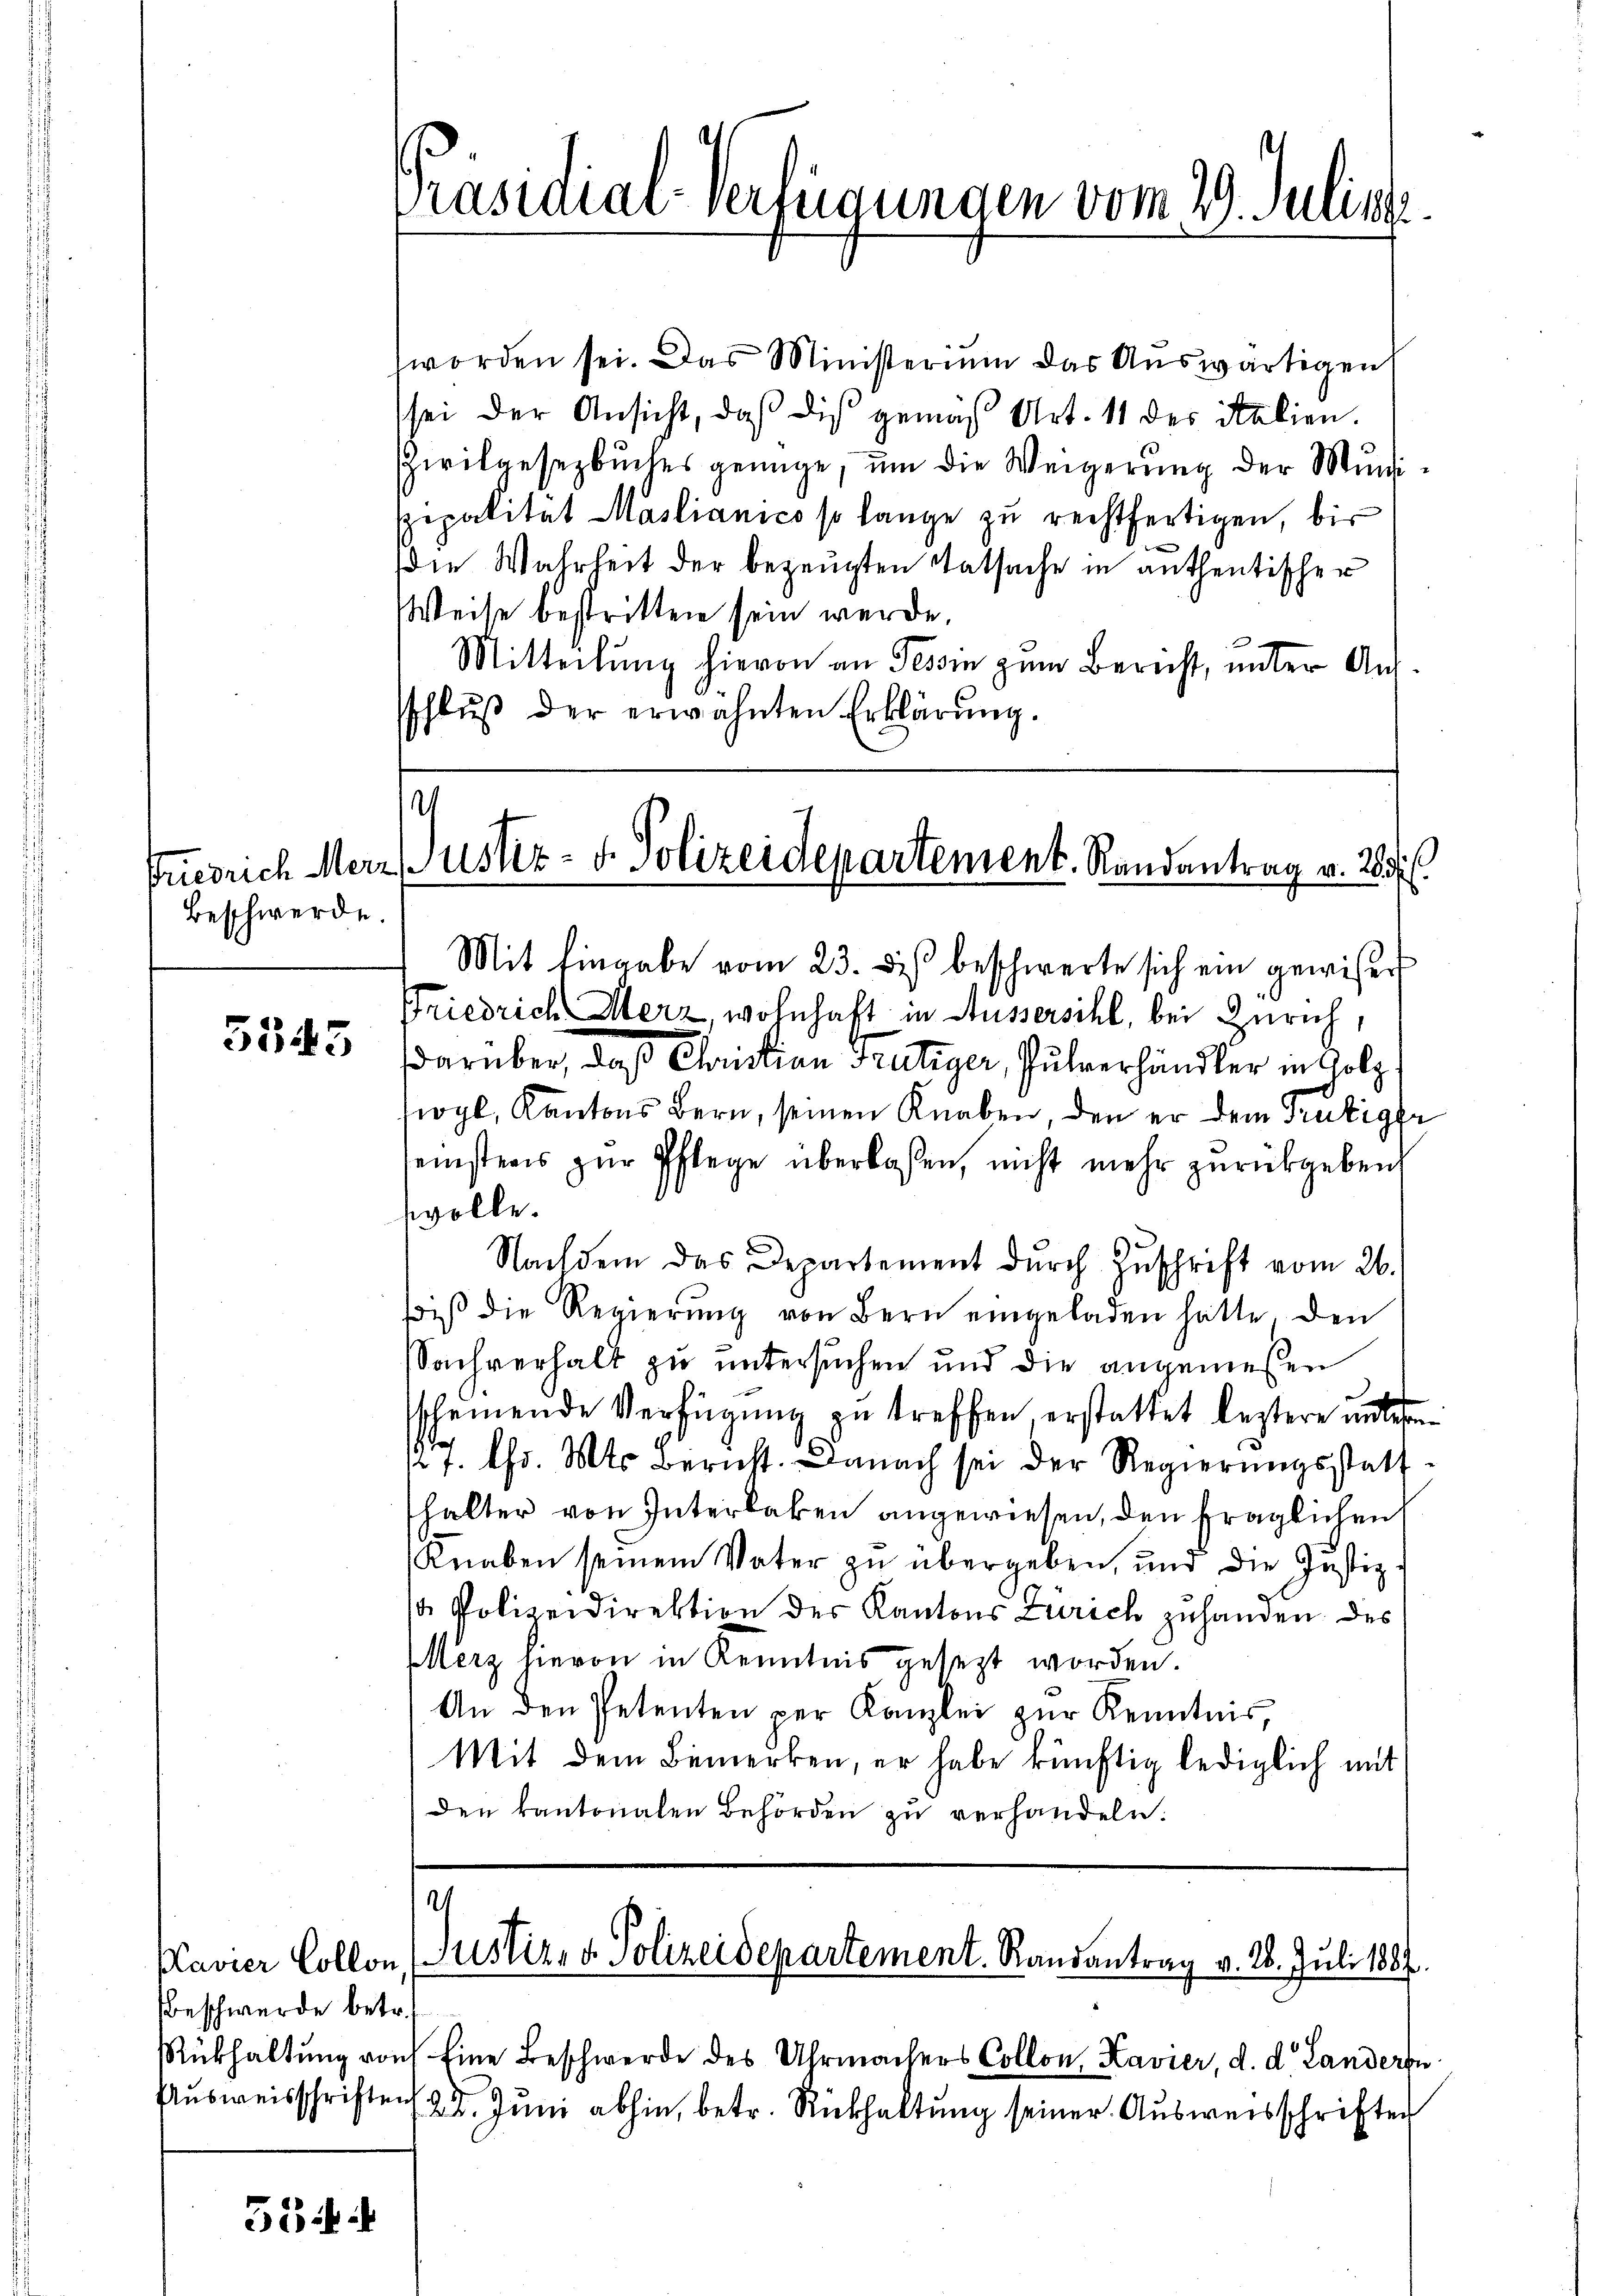
Beschwerde.

5545

Beschwerde betr.
Ausweisschriften

35 i

Präsidial-Verfügungen vom 29. Julius

worden sei. Das Ministerium das Aŭswärtigen
sei der Ansicht, daß die gemäß Art. 11 des Salien.
Zivilgesezbŭches genüge, ŭm die Weigerŭng der Muni-
spipalität Mastianico so lange zu rechtfertigen, bis
die Wahrheit der bezeugten Tatsache in anthentischer
Weise bestritten sein werde.
Mitteilung hievon an Tessin zum Bericht, unter Aufschlŭβ der erwähnten Erklärung.

.
Friedrich Merzustiz- & Polizeidepartement. Randantrag v. 283.
Mit Eingabe vom 23. des beschwerte sich ein gewisser

Friedrich Merz, wohnhaft in Aussersihl, bei Zürich,
darüber, daß Christian Frutiger, Pulverhändler in Coly,
siogl, Kantons Bern, seinen Knaben, den er dem Trubiger
einsters zŭr Pflege überlassen, nicht mehr zŭrückgeben,
wolle.
Nachdem das Departement durch Zŭschrift vom 26.
biβ die Regierŭng von Bern eingeladen hätte, den
Sachverhalt zu untersuchen und die angemeßen
sscheinende Verfügung zu treffen erstattet leztere unlesen
12 f. Chr. Mts. Bericht. Danach sei der Regierŭngsstatt-
thalter von Interlaken angewiesen, den fraglichen
Knaben seinem Vater zu übergeben, und die Justiz-
1 Polizeidirektion des Kantons Zürich zuhanden des
Merz hievon in Kenntnis gesezt worden.
An den Petenten per Kanzlei zŭr Kenntnis,
Mit dem Bemerken, er habe künftig lediglich mit
den kantonalen Behörden zŭ verhandeln.

.
Plavier Collon (Justiz- & Polizeidepartement. Randantrag v. 28. Juli 1887

Rükhaltung von Eine Beschwerde des Uhrmachers Collon, Kavier, d. d. Landern
25. Juni abhin, betr. Rückhaltung seiner Ausweisschriften